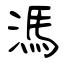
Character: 溤